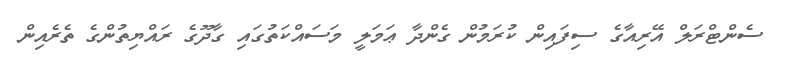
ސެންޓްރަލް އޭރިއާގެ ސިފައިން ކުރަމުން ގެންދާ ޢަމަލީ މަސައްކަތުގައި ގާދޫގެ ރައްޔިތުންގެ ތެރެއިން